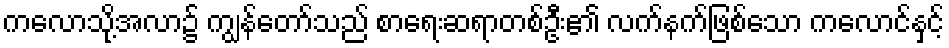
ကလောသို့အလာ၌ ကျွန်တော်သည် စာရေးဆရာတစ်ဦး၏ လက်နက်ဖြစ်သော ကလောင်နှင့်